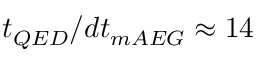
t _ { Q E D } / d t _ { m A E G } \approx 1 4